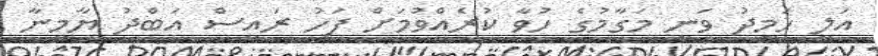
އަލީ ހަމީދު ވަނީ މަގާމުގެ ހުވާ ކުރެއްވުމަށް ފަހު ރައީސް އަބްދު ޔާމީނާ